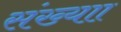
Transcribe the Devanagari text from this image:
संख्याा